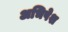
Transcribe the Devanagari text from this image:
अभिषेश